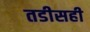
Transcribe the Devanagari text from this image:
तडीसही